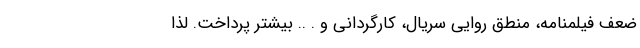
ضعف فیلمنامه، منطق روایی سریال، کارگردانی و . .. بیشتر پرداخت. لذا